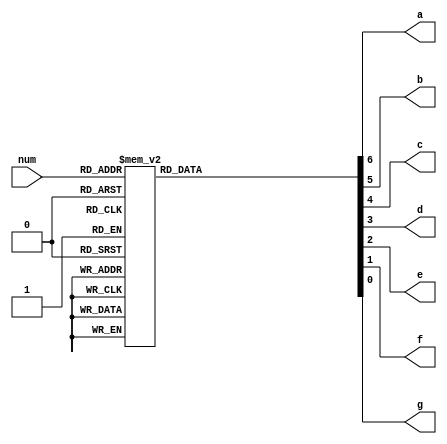
`timescale 1ns / 1ps
//////////////////////////////////////////////////////////////////////////////////
// Company:
// Engineer:
//
// Design Name:
// Module Name: sevenseg
// Project Name:
// Target Devices:
// Tool Versions:
// Description:
//
// Dependencies:
//
// Revision:
// Revision 0.01 - File Created
// Additional Comments:
//
//////////////////////////////////////////////////////////////////////////////////
module seven_segment (
 input [3:0] num, // 4-bit input
 output reg a, // Segment a
 output reg b, // Segment b
 output reg c, // Segment c
 output reg d, // Segment d
 output reg e, // Segment e
 output reg f, // Segment f
 output reg g // Segment g
);
// Define 7-segment patterns for numbers 0-9 and hex letters A-F
always @ (num) begin
 case (num)
 4'b0000: {a, b, c, d, e, f, g} = 7'b0000001; // 0 : Active Low
 4'b0001: {a, b, c, d, e, f, g} = 7'b1001111; // 1 : Active Low
 4'b0010: {a, b, c, d, e, f, g} = 7'b0010010; // 2 : Active Low
 4'b0011: {a, b, c, d, e, f, g} = 7'b0000110; // 3 : Active Low
 4'b0100: {a, b, c, d, e, f, g} = 7'b1001100; // 4 : Active Low
 4'b0101: {a, b, c, d, e, f, g} = 7'b0100100; // 5 : Active Low
 4'b0110: {a, b, c, d, e, f, g} = 7'b0100000; // 6 : Active Low
 4'b0111: {a, b, c, d, e, f, g} = 7'b0001111; // 7 : Active Low
 4'b1000: {a, b, c, d, e, f, g} = 7'b0000000; // 8 : Active Low
 4'b1001: {a, b, c, d, e, f, g} = 7'b0000100; // 9 : Active Low
 /*4'b1010: {a, b, c, d, e, f, g} = 7'b0001000; // A : Active Low
 4'b1011: {a, b, c, d, e, f, g} = 7'b1100000; // b : Lowercase b is displayed because 8 and uppercase B activates the same patterns. AL
 4'b1100: {a, b, c, d, e, f, g} = 7'b0110001; // C : Active Low
 4'b1101: {a, b, c, d, e, f, g} = 7'b1000010; // D : Lowercase d is displayed because 0 and uppercase D activates the same patterns. AL
 4'b1110: {a, b, c, d, e, f, g} = 7'b0110000; // E : Active Low
 4'b1111: {a, b, c, d, e, f, g} = 7'b0111000; // F : Active Low*/
 default: {a, b, c, d, e, f, g} = 7'b1111111; // Display nothing for other inputs
 endcase
end
endmodule